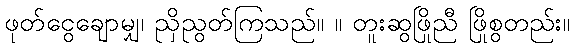
ဖုတ်ငွေချောမျှ၊ ညှိညွတ်ကြသည်။ ။ တူးဆွဖြိုညီ ဖြိုစွတည်း။